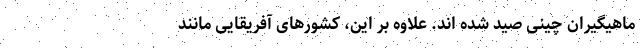
ماهیگیران چینی صید شده اند. علاوه بر این، کشورهای آفریقایی مانند